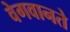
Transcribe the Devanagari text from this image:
वेगवानते